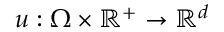
u : \Omega \times \mathbb { R } ^ { + } \rightarrow \mathbb { R } ^ { d }